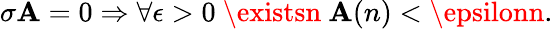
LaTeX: \sigma\mathbf{A}=0\Rightarrow\forall\epsilon>0\ \existsn\ \mathbf{A}(n)<\epsilonn.